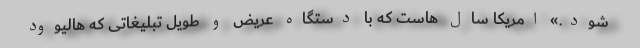
شود.» امریکا سال هاست که با دستگاه عریض و طویل تبلیغاتی که هالیوود